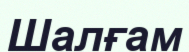
Шалғам